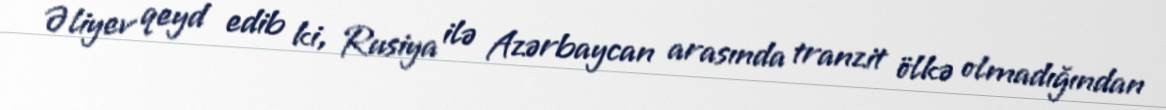
Əliyev qeyd edib ki, Rusiya ilə Azərbaycan arasında tranzit ölkə olmadığından